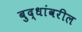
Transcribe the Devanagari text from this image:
बुद्धांवरील